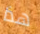
هذا